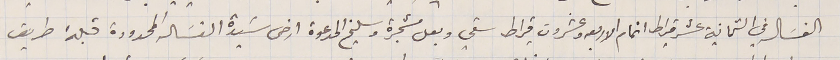
الغسَاله في الثمانية عشر قيراط اتمام الاربعة وعشرون قيراط سقي وبعل مشجرة وسليخ المدعوة ارض سَيدة الغسَاله المحدودة قبلة طريق